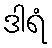
ဒါရံ